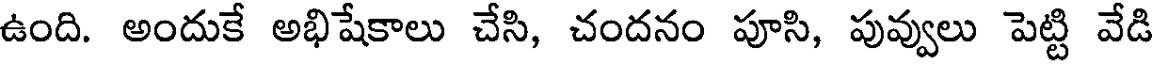
ఉంది. అందుకే అభిషేకాలు చేసి, చందనం పూసి, పువ్వులు పెట్టి వేడి